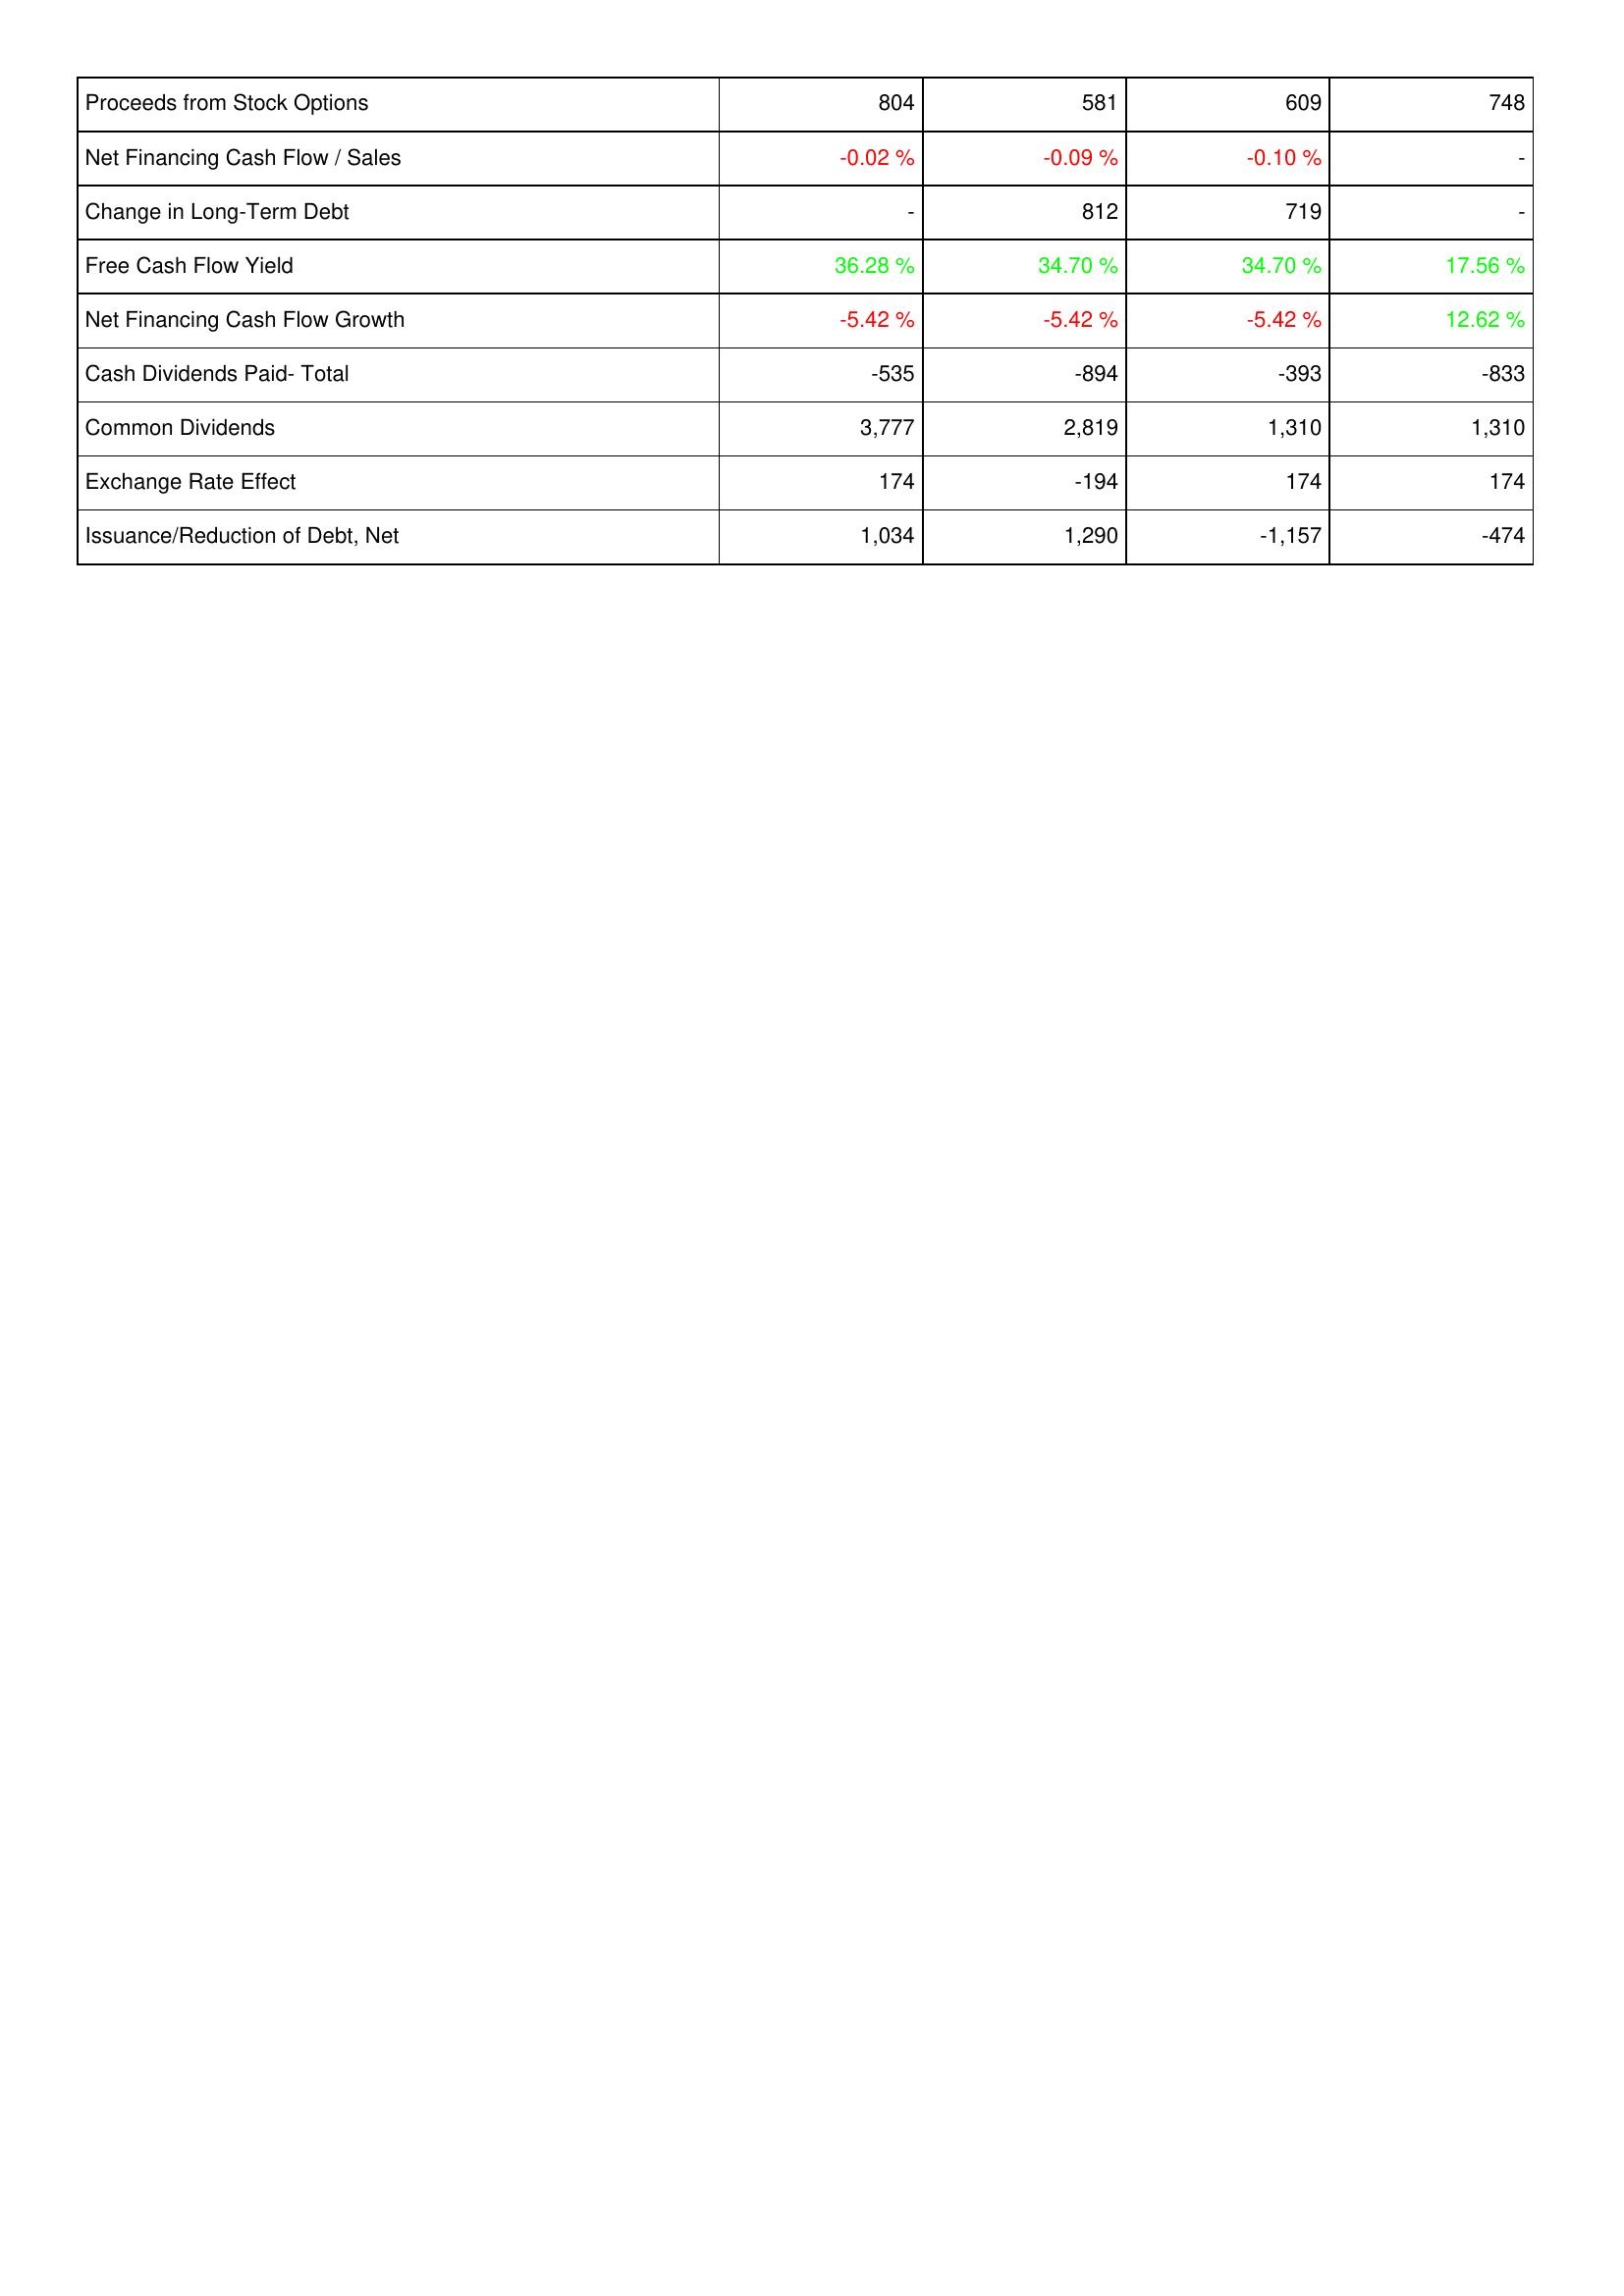
2022: Financing Activities: Proceeds from Stock Options: 804
Net Financing Cash Flow / Sales: -0.02 %
Change in Long-Term Debt: -
Free Cash Flow Yield: 36.28 %
Net Financing Cash Flow Growth: -5.42 %
Cash Dividends Paid- Total: -535
Common Dividends: 3,777
Exchange Rate Effect: 174
Issuance/Reduction of Debt, Net: 1,034
2023: Financing Activities: Proceeds from Stock Options: 581
Net Financing Cash Flow / Sales: -0.09 %
Change in Long-Term Debt: 812
Free Cash Flow Yield: 34.70 %
Net Financing Cash Flow Growth: -5.42 %
Cash Dividends Paid- Total: -894
Common Dividends: 2,819
Exchange Rate Effect: -194
Issuance/Reduction of Debt, Net: 1,290
2024: Financing Activities: Proceeds from Stock Options: 609
Net Financing Cash Flow / Sales: -0.10 %
Change in Long-Term Debt: 719
Free Cash Flow Yield: 34.70 %
Net Financing Cash Flow Growth: -5.42 %
Cash Dividends Paid- Total: -393
Common Dividends: 1,310
Exchange Rate Effect: 174
Issuance/Reduction of Debt, Net: -1,157
2025: Financing Activities: Proceeds from Stock Options: 748
Net Financing Cash Flow / Sales: -
Change in Long-Term Debt: -
Free Cash Flow Yield: 17.56 %
Net Financing Cash Flow Growth: 12.62 %
Cash Dividends Paid- Total: -833
Common Dividends: 1,310
Exchange Rate Effect: 174
Issuance/Reduction of Debt, Net: -474